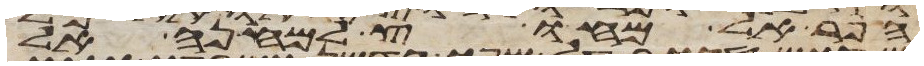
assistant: הפר אל מחוץ למחנה אל